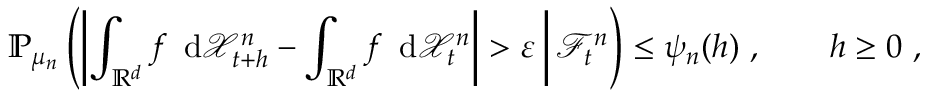
{ \mathbb P } _ { \mu _ { n } } \left( \left| \int _ { { \mathbb R } ^ { d } } f \, \mathrm { \normalfont ~ d } \ensuremath { \mathcal X } _ { t + h } ^ { n } - \int _ { { \mathbb R } ^ { d } } f \, \mathrm { \normalfont ~ d } \ensuremath { \mathcal X } _ { t } ^ { n } \right| > \varepsilon \, \bigg | \, \ensuremath { \mathcal F } _ { t } ^ { n } \right) \le \psi _ { n } ( h ) \ , \qquad h \ge 0 \ ,